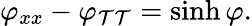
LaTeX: \varphi_{xx}-\varphi_{\mathcal{T}\mathcal{T}}=\sinh\varphi.